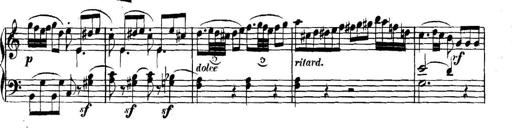
Title: Collected Piano Sonatas
Composer: Muzio Clementi